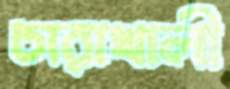
চারাখালী